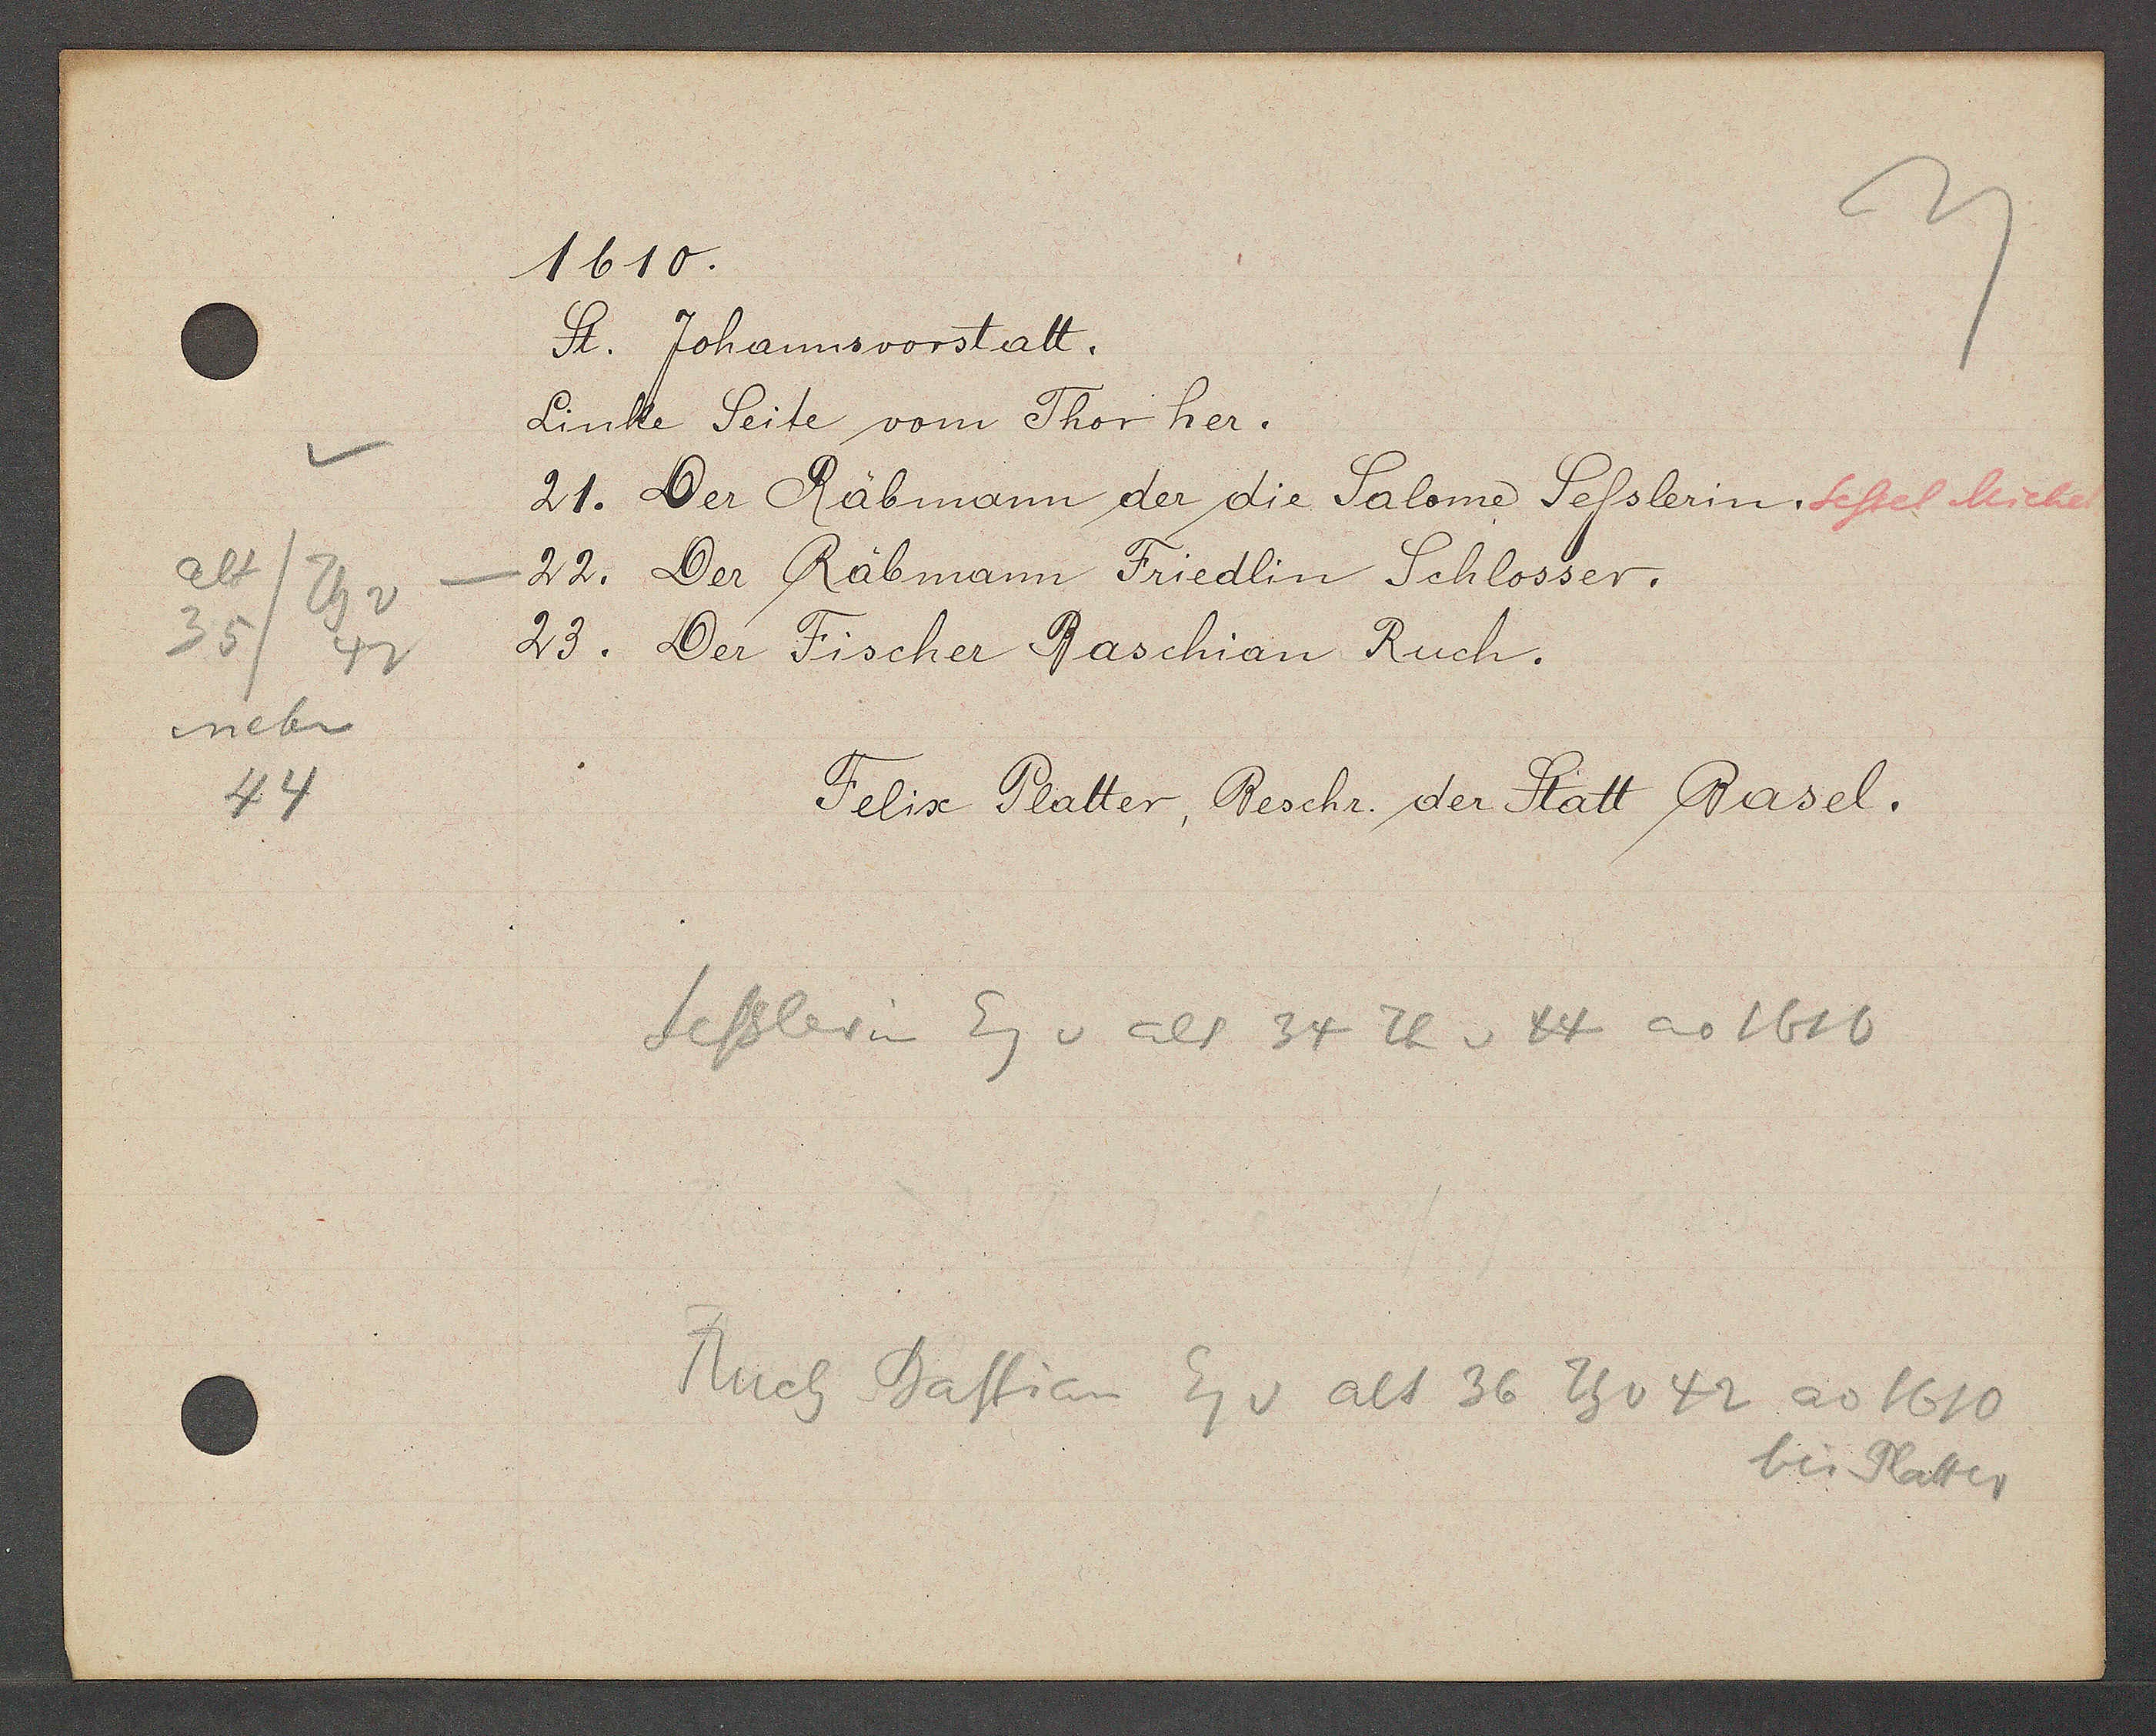
Transcript:
alt
Th v
35/
42
neben
44

1610.

St. Johannsvorstatt.
Linke Seite vom Thor her.
21. Der Räbmann der die Salome Sesslerin. Sessel Michel
22. Der Räbmann Friedlin Schlosser.
23. Der Fischer Baschian Ruch.

Felix Platter, Beschr. der Statt Basel.

Sesslerin Eg v alt 34 Th v 44 ao 1610

Ruch Bastian Eg v alt 36 Th v 42 ao 1610
bis Platter